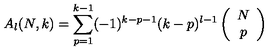
A _ { l } ( N , k ) = \sum _ { p = 1 } ^ { k - 1 } ( - 1 ) ^ { k - p - 1 } ( k - p ) ^ { l - 1 } \left( \begin{array} { c } { N } \\ { p } \\ \end{array} \right)